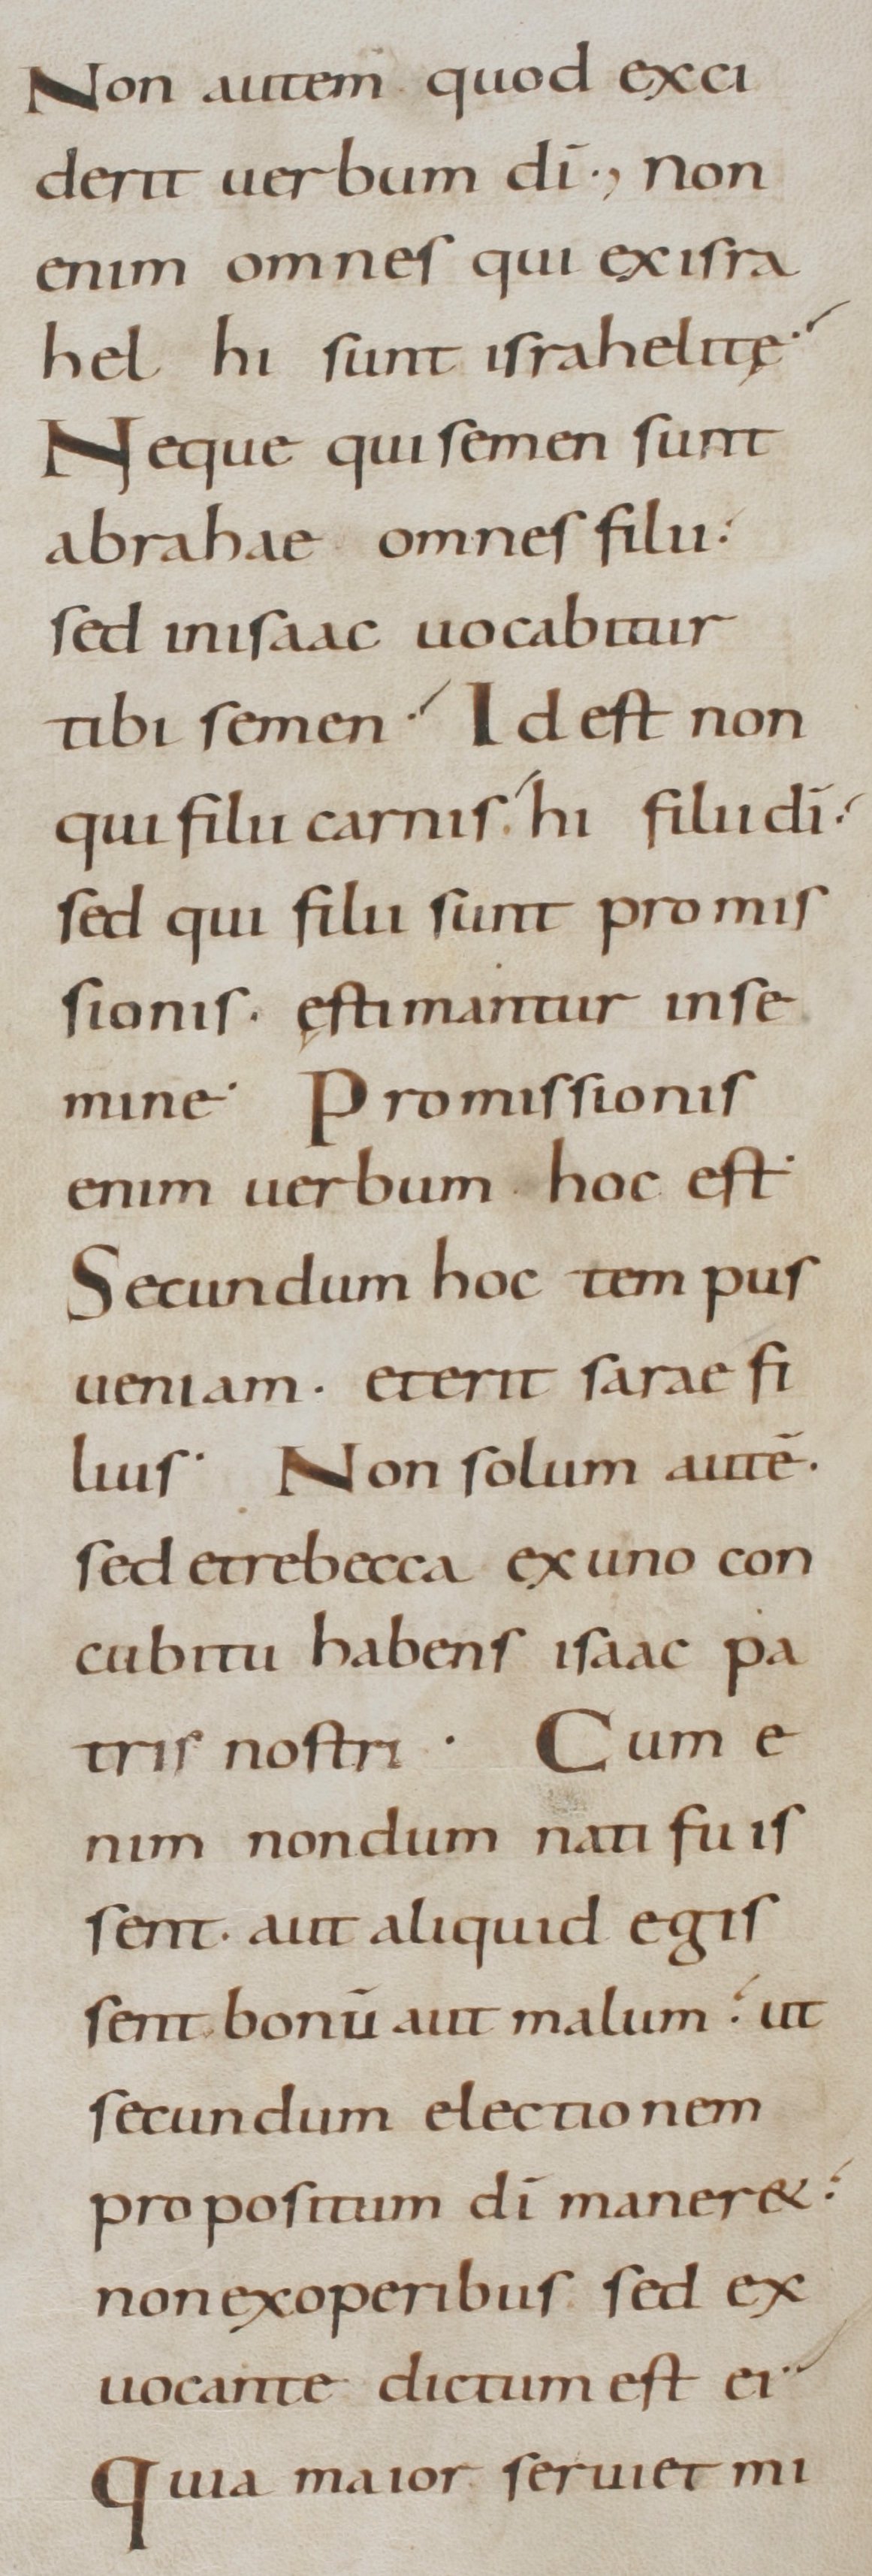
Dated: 800–899